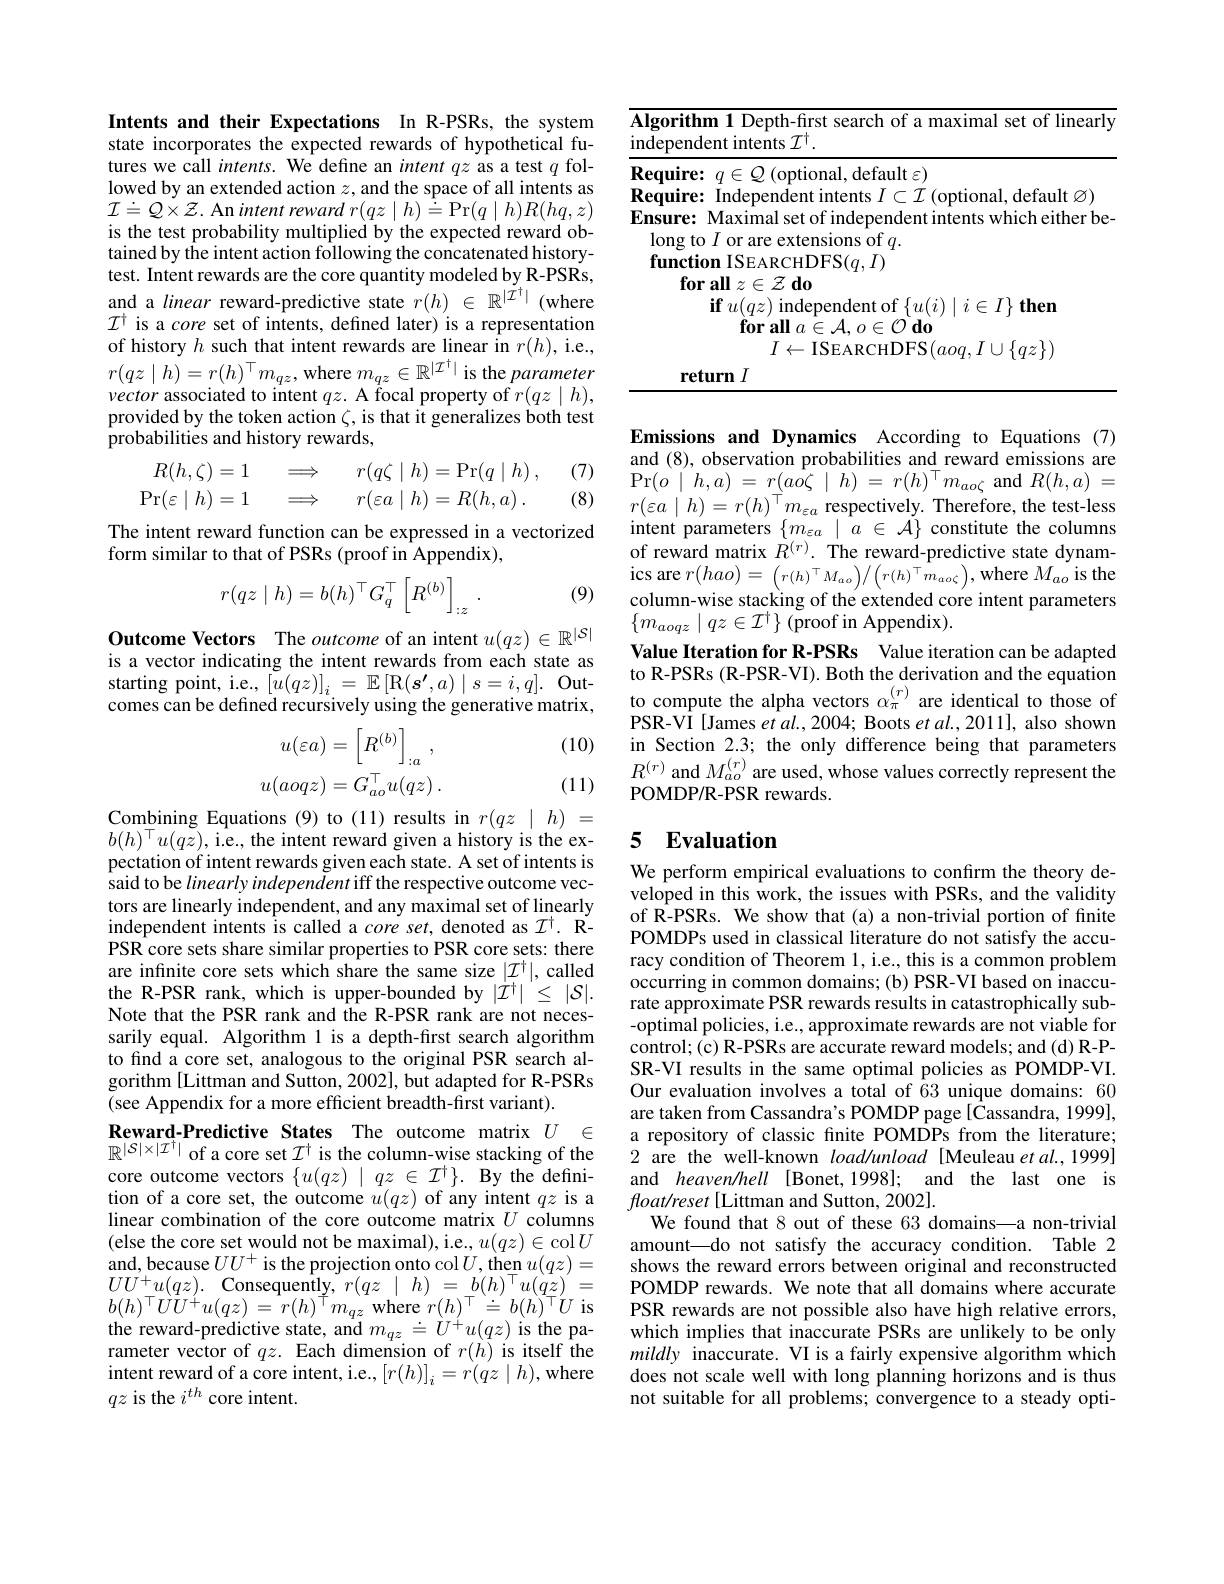
Intents and their Expectations In R-PSRs, the system state incorporates the expected rewards of hypothetical futures we call intents. We define an intent qz as a test $q$ followed by an extended action $z$, and the space of all intents as ${\mathcal I}\doteq Q\times{\mathcal Z}.$ An intent reward $r(qz\mid h)\stackrel{\vdots}{=}$Pr$(q\mid h)R(hq,z)$ is the test probability multiplied by the expected reward obtained by the intent action test. Intent rewards are the and a linear reward-predictive state $r(h)\in\mathbb{R}^{|\tilde{I}^\dagger|}$(where $\mathcal{I}^{\dagger}$ is a core set of intents, defined later) is a representation of history $h$ such that intent rewards are linear in $r(h)$, i.e., $r(qz\mid h)=r(h)^{\top}m_{qz}$,whe vector associated to intent $qz.$ A focal property of $r(qz\mid h)$, provided by the token action $\zeta$, is that it generalizes both test probabilities and history rewards,

(7) (8)
$$R(h,\zeta)=1\quad\Longrightarrow\quad r(q\zeta\mid h)=\Pr(q\mid h)\:,\\\mathrm{Pr}(\varepsilon\mid h)=1\quad\Longrightarrow\quad r(\varepsilon a\mid h)=R(h,a)\:.$$
The intent reward function c
form similar to that of PSRs (proof in Appendix),

(9)
$$r(qz\mid h)=b(h)^\top G_q^\top\left[R^{(b)}\right]_{:z}\:.$$
Outcome Vectors The outcome of an intent $u(qz)\in\mathbb{R}^|S|$ is a vector indicating the intent rewards from each state as starting point, i.e., $[ \check{u} ( qz) ] _i= \mathbb{E} \left [ \mathrm{R} ( \boldsymbol{\overset {\prime }{s}}, a) \mid s= i, q\right ] .$ Outcomes can be defined recursively using the generative matrix,

(10)
$$\begin{aligned}u(\varepsilon a)&=\left[R^{(b)}\right]_{:a}\:,\\u(aoqz)&=G_{ao}^{\top}u(qz)\:.\end{aligned}$$
(11)

Combining Equations (9) to (11) results in $r(qz\mid h)=$ $b(h)^{\top}u(qz)$,i.e., the in pectation of intent rewards given each state. A set of intents is said to be linearly independent iff the respective outcome vectors are linearly independent, and any maximal set of linearly independent intents is called a core set, denoted as $\mathcal{I}^\dagger.$ RPSR core sets share similar properties to PSR core sets: there are infinite core sets which share the same size $|\mathcal{I}^\dagger|$, called the R-PSR rank,which is upper-bounded by $|{\dot{I}}^{\dagger}|\leq|{\mathcal{S}}|.$ Note that the PSR rank and the R-PSR rank are not necessarily equal. Algorithm 1 is a depth-first search algorithm to find a core set, analogous to the original PSR search algorithm [Littman and Sutton, 2002], but adapted for R-PSRs (see Appendix for a more efficient breadth-first variant).

Reward-Predictive States The outcome matrix $U$ $\in$ $\mathbb{R}^{|S|\times|\mathcal{I}^\dagger|}$ of a core set $\mathcal{I}^\dagger$ is the column-wise stacking of the core outcome vectors $\{u(qz)$ $\begin{array}{ll}\text{tion of a core set, the outcome }u(qz)\text{ of any intent }qz\text{ is a}\\\text{linear combination of the core outcome matrix }U\text{ columns}\end{array}$ (else the core set would not be maximal), i.e., $u(qz)\in$col$U$ and, because $UU^+$ is the projection onto col $U$, then $u(qz)=$ $UU^{+ }u( qz) .$ Consequently,$r(qz\mid h)=b(h)^\top u(qz)=$ $b(h)^{\top}\dot{U}\dot{U}^{+}u(qz)=\dot{r}(h)^{\top}m_{qz}$where $r(h)^{\top}\stackrel{\rightharpoonup}{=}b(h)^{\top}U$ is $\begin{array}{l}{\text{the reward-predictive state, and}m_{qz}\doteq\dot{U}^{+}u(qz)\mathrm{~is~the~pa-}}\\{\text{rameter vector of}qz.\mathrm{~Each~dimension~of~}r(h)\mathrm{~is~itself~the}}\end{array}$ $\begin{array}{l}\text{intent reward of a core intent, i.e.,}\left[r(h)\right]_{i}=r(qz\mid h),\mathrm{where}\\qz\text{ is the }i^{th}\text{ core intent.}\end{array}$

<table>
	<tbody>
		<tr>
			<td>F 11</td>
			<td>Algorithm 1 Depth-first search of a maxima independent intents $\mathcal{I}^\dagger.$</td>
			<td>$\textbf{qorithm 1 Depth- first search of a maximal set of linearly}$ ependent intents $\mathcal{I}^{\dagger}.$</td>
		</tr>
	</tbody>
</table>

Emissions and Dynamics According to Equations (7) and (8), observation probabilities and reward emissions are $\operatorname* { Pr} ( o\mid h, a)$ = $r( ao\zeta \mid h)$ = $r( h) ^{\top }m_{ao\zeta }$and$R( h, a)$ = $r(\varepsilon a\mid h)=r(h)^{\top}m_{\varepsilon a}$ respectively. Therefore, the test-less $\operatorname{ics}$are$r(hao)=\left(r(h)^{\top}M_{ao}\right)/\left(r(h)^{\top}\hat{m}_{ao\zeta}\right)$,where$M_ao$ is the column-wise stacking of the extended core intent parameters $\{m_{aoqz}\mid qz\in\mathcal{I}^{\dagger}\}$(pro
Value Iteration for R-PSRs V to R-PSRs (R-PSR-VI). Both the derivation and the equation to compute the alpha vectors $\alpha_\pi^{(r)}$ are identical to those of PSR-VI [James et al., 2004; Boots et al., 2011], also shown in Section 2.3; the only difference being that parameters $R^{(r)}$ and $M_ao^{(r)}$ are used, whose values correctly represent the POMDP/R-PSR rewards.

### 5 $\textbf{Evaluation}$

We perform empirical evaluations to confirm the theory developed in this work, the is of R-PSRs. We show that (a) a non-trivial portion of finite POMDPs used in classical lit racy condition of Theorem 1, occurring in common domains; (b) PSR-VI based on inaccurate approximate PSR rewards results in catastrophically sub- -optimal policies, i.e., approximate rewards are not viable for control; (c) R-PSRs are accurate reward models; and (d) R-PSR-VI results in the same optimal policies as POMDP-VI. Our evaluation involves a total of 63 unique domains: 60 are taken from Cassandra's POMDP page [ Cassandra, 1999], a repository of classic finite POMDPs from the literature; 2 are the well-known $load/unload$ [Meuleau et al.,1999] and heaven/hell [Bonet, 1998 $float/reset$ [Littman and Sutton, 2002].
We found that 8 out of these 63 domains—a non-trivial amount—do not satisfy the accuracy condition. Table 2 shows the reward errors between original and reconstructed POMDP rewards. We note that all domains where accurate PSR rewards are not possible also have high relative errors, which implies that inaccurate PSRs are unlikely to be only mildly inaccurate. VI is a fairly expensive algorithm which does not scale well with long planning horizons and is thus not suitable for all problems; convergence to a steady opti-